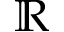
\mathbb { R }